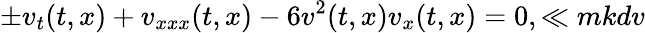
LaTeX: \pm v_{t}(t,x)+v_{xxx}(t,x)-6v^{2}(t,x)v_{x}(t,x)=0,\ll{mkdv}